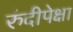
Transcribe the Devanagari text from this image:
रुंदीपेक्षा